Account of plague administration in the Bombay Presidency from September 1896 till May 1897
Year: 1896
Disease focus: Plague
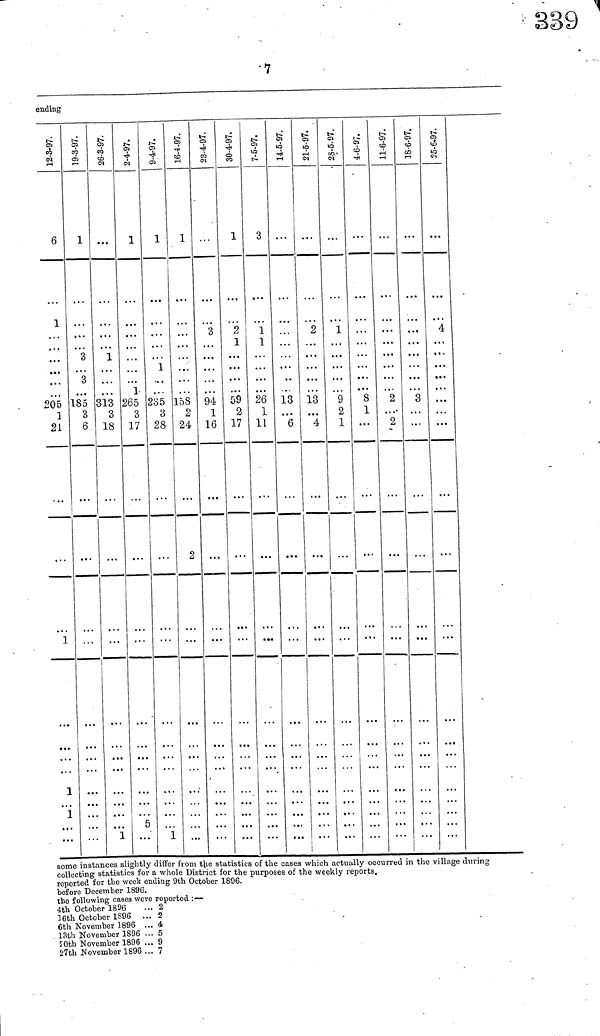
7
ending
12-3-97.
6
1
...
205
1
21
1
1
1
...
. . .
19-3-97.
1
3
3
185
3
6
...
26-3-97.
1
I
313
3
18
...
1
2-4-97.
1
1
265
3
17
ι
...
5
...
9-4-97.
1
1
235
3
28
...
1
16-4-97.
1
158
2
24
2
23-4-97.
...
3
94
1
16
30-4-97.
1
2
1
59
2
17
7-5-97.
3
1
1
26
1
11
14-5-97.
13
6
21-5-97.
2
13
4
25-5-97.
1
9
2
1
4-6-97.l
—
8
1
...
11-6-97.
....
2
2
18-6-97
8
...
25-6-97.
4
...
some instances slightly differ from the statistics of the cases which actually occurred in the village during
collecting statistics for a whole District for the purposes of the weekly reports.
reported for the week ending 9th October 1896.
before December 1896.
the following cases were reported :—
4th October 1836
... 2
16th October 1896
... 2
6th November 1896 ... 4
13th November 1896 ... 5
20th November 1896 ... 9
27th November 1896 ... 7